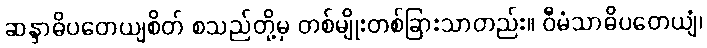
ဆန္ဒာဓိပတေယျစိတ် စသည်တို့မှ တစ်မျိုးတစ်ခြားသာတည်း။ ဝီမံသာဓိပတေယျံ၊